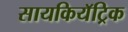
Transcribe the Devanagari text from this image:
सायकियॅट्रिक